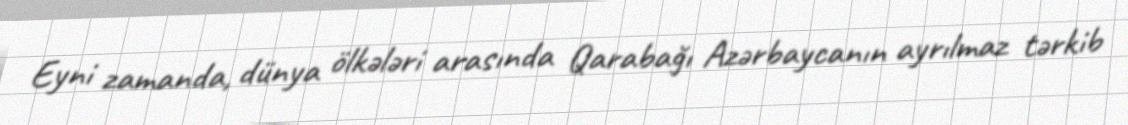
Eyni zamanda, dünya ölkələri arasında Qarabağı Azərbaycanın ayrılmaz tərkib